Annual vaccination report of Bihar and Orissa - 1911-1928
Year: 1911
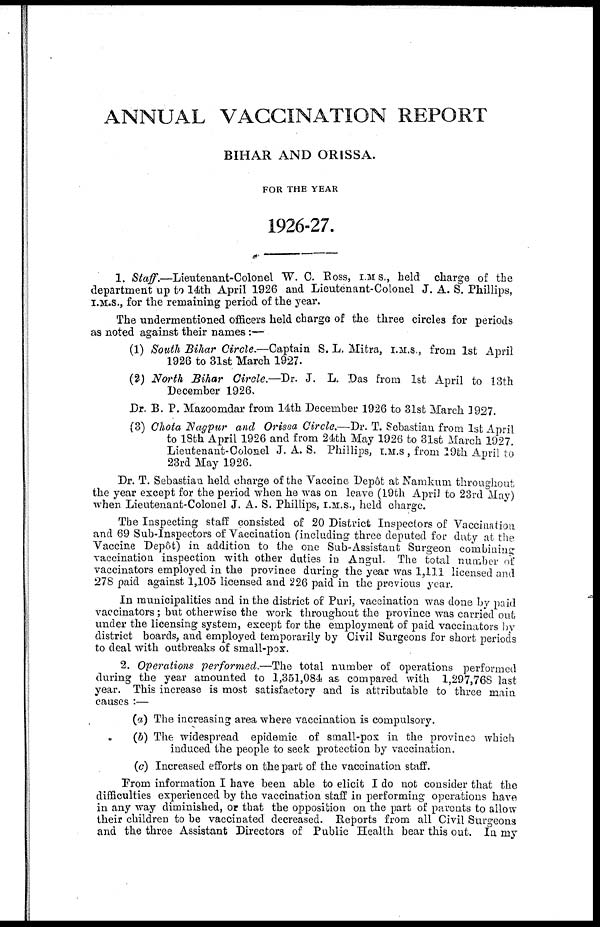
ANNUAL VACCINATION REPORT
BIHAR AND ORISSA.
FOR THE YEAR
1926-27.
1. Staff.—Lieutenant-Colonel
W. C. Ross, I.M. S., held charge of the
department up to 14th April 1926 and Lieutenant-Colonel J. A. S. Phillips,
I.M.S., for the remaining period of the year.
The undermentioned officers held charge of the three circles for periods
as noted against their names:—
(1) South Bihar Circle.—Captain S. L. Mitra, I.M.S., from 1st April
1926 to 31st March 1927.
(2) North Bihar Circle.—Dr. J. L. Das from 1st April to 13th
December 1926.
Dr. B. P. Mazoomdar from 14th December 1926 to 31st March 1927.
(3) Chota Nagpur and Orissa Circle.—Dr. T. Sebastian from 1st April
to 18th April 1926 and from 24th May 1926 to 31st March 1927.
Lieutenant-Colonel J. A. S. Phillips, I.M.S., from 19th April to
23rd May 1926.
Dr. T. Sebastian held charge of the Vaccine Depôt at Namkum throughout
the year except for the period when he was on leave (19th April to 23rd May)
when Lieutenant-Colonel J. A. S. Phillips, I.M.S., held charge.
The Inspecting staff consisted of 20 District Inspectors of Vaccination
and 69 Sub-Inspectors of Vaccination (including three deputed for duty at the
Vaccine Depôt) in addition to the one Sub-Assistant Surgeon combining
vaccination inspection with other duties in Angul. The total number of
vaccinators employed in the province during the year was 1,111 licensed and
278 paid against 1,105 licensed and 226 paid in the previous year.
In municipalities and in the district of Puri, vaccination was done by paid
vaccinators; but otherwise the work throughout the province was carried out
under the licensing system, except for the employment of paid vaccinators by
district boards, and employed temporarily by Civil Surgeons for short periods
to deal with outbreaks of small-pox.
2. Operations performed.—The total number of operations performed
during the year amounted to 1,351,084 as compared with 1,297,768 last
year. This increase is most satisfactory and is attributable to three main
causes :—
(a) The increasing area where vaccination is compulsory.
(b) The widespread epidemic of small-pox in the province which
induced the people to seek protection by vaccination.
(c) Increased efforts on the part of the vaccination staff.
From information I have been able to elicit I do not consider that the
difficulties experienced by the vaccination staff in performing operations have
in any way diminished, or that the opposition on the part of parents to allow
their children to be vaccinated decreased. Reports from all Civil Surgeons
and the three Assistant Directors of Public Health bear this out. In my